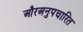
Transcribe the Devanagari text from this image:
औरअनुपचारित